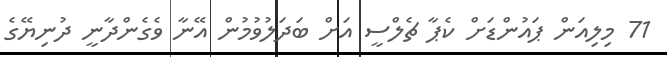
71 މިލިއަން ޕައުންޑަށް ކެޕާ ޗެލްސީ އަށް ބަދަލުވުމުން އޭނާ ވެގެންދާނީ ދުނިޔޭގެ